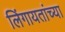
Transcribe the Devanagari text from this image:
लिंगायतांच्या